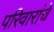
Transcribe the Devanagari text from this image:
परिवारांचे